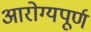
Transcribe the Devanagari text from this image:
आरोग्यपूर्ण